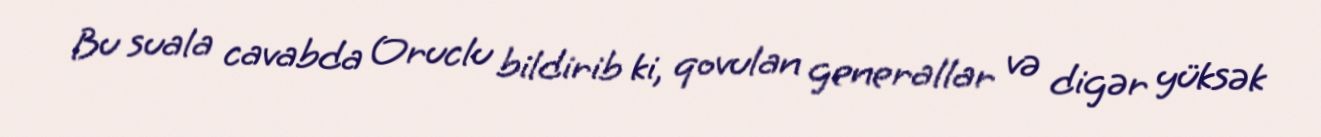
Bu suala cavabda Oruclu bildirib ki, qovulan generallar və digər yüksək